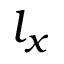
l _ { x }